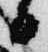
日